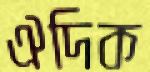
ঐদিক